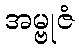
အမ္ဗုဇံ